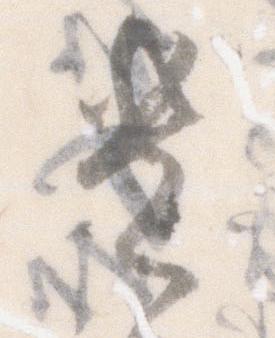
遺